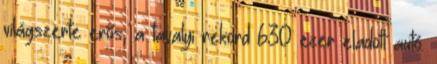
világszerte erős, a tavalyi rekord 630 ezer eladott autó.